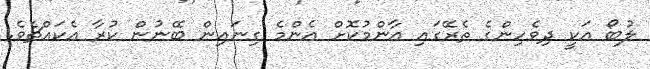
ލުބޯ އަކީ ދިވެހިންގެ ތެރޭގައި އާންމުކޮށް އެންމެ ގިނައިން ބޭނުން ކުރާ އެކައްޗެވެ.